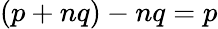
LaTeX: (p+nq)-nq=p